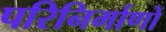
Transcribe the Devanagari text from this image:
परिनिर्माणों